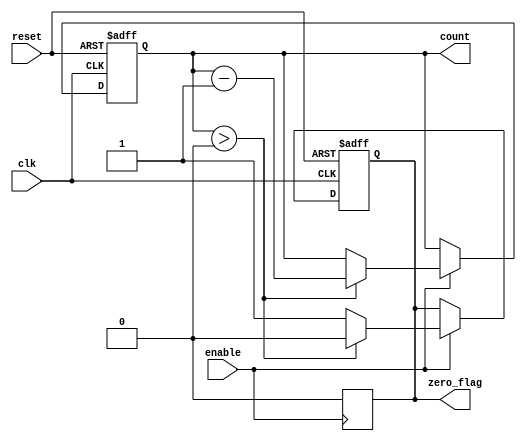
module MemoryBlocksDownCounter (
    input wire clk,           // Clock input
    input wire enable,        // Enable signal
    input wire reset,         // Reset signal
    output reg [3:0] count,   // Current count value (4 bits)
    output reg zero_flag      // Zero flag output
);

    // Initialize the counter to a starting value
    parameter INITIAL_VALUE = 4'b1111; // Start counting down from 15

    // Asynchronous reset and counting logic
    always @(posedge clk or posedge reset) begin
        if (reset) begin
            count <= INITIAL_VALUE; // Reset counter to initial value
            zero_flag <= 1'b0;       // Clear zero flag on reset
        end else if (enable) begin
            if (count > 0) begin
                count <= count - 1;  // Decrement the counter
                zero_flag <= 1'b0;    // Clear zero flag while counting down
            end else begin
                zero_flag <= 1'b1;     // Set zero flag when count reaches zero
            end
        end
    end

    // Hold the current value when enable is low
    always @(negedge enable) begin
        if (!enable) begin
            zero_flag <= 1'b0;         // Clear zero flag when not counting
        end
    end

endmodule